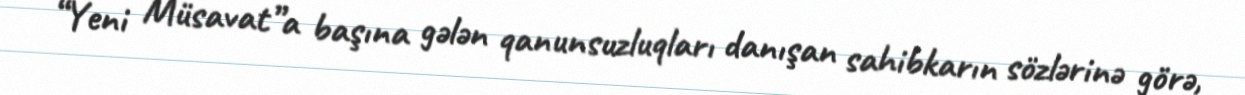
“Yeni Müsavat”a başına gələn qanunsuzluqları danışan sahibkarın sözlərinə görə,